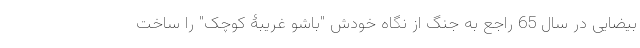
بیضایی در سال 65 راجع به جنگ از نگاه خودش "باشو غریبۀ کوچک" را ساخت